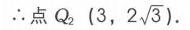
\(\therefore\)点\(Q_{2}\ (3,2\sqrt{3})\)